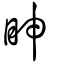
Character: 眒